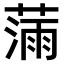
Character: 𫉗